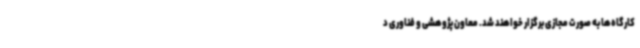
کارگاه‌ها به صورت مجازی برگزار خواهند شد. معاون پژوهشی و فناوری د